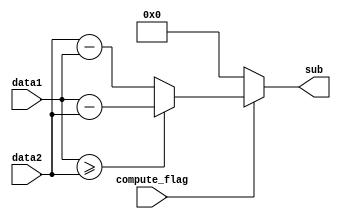
module sub(
  input     [7:0] data1,
  input     [7:0] data2,
  input  compute_flag,
  output [7:0]     sub
);

assign sub=(compute_flag==1)?((data1>=data2)?(data1-data2):(data2-data1)):0;//flag==0 compute_flag 
endmodule